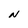
Character: N